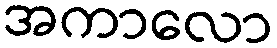
အကာလော